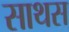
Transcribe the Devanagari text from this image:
साथस